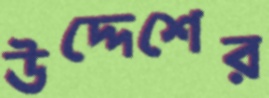
উদ্দেশের